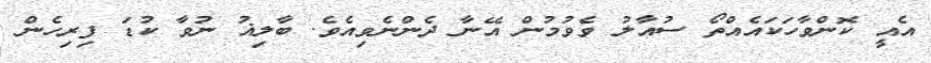
އެއީ ކޮންވާހަކައެއްތޯ ސުއާލު ވެވުމުން އޭނާ ދެންނެވިއެވެ. ބާލިޣު ނުވާ ކުޑަ ފިރިހެން